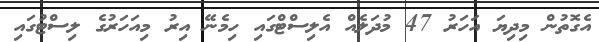
އެގޮތުން މިދިޔަ އަހަރު 47 މުދަލެއް އެލިސްޓްގައި ހިމެނޭ އިރު މިއަހަރުގެ ލިސްޓުގައި